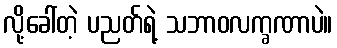
လို့ခေါ်တဲ့ ပညတ်ရဲ့ သဘာဝလက္ခဏာပဲ။